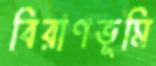
বিরাণভূমি